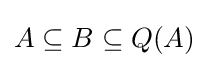
{\textstyle A\subseteq B\subseteq Q(A)}